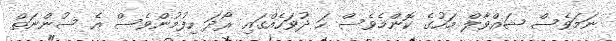
ނަމަވެސް ޝައްވާލް މަހުގެ ކޮންމެވެސް ހަ ދުވަހެއްގައި ރޯދަ ހިފުމުންވެސް އެ ސުންނަތް